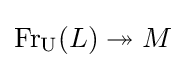
\operatorname {Fr} _{\operatorname {U} }(L)\twoheadrightarrow M